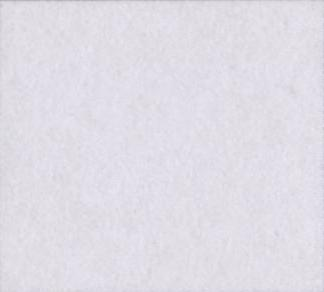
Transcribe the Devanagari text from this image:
ई